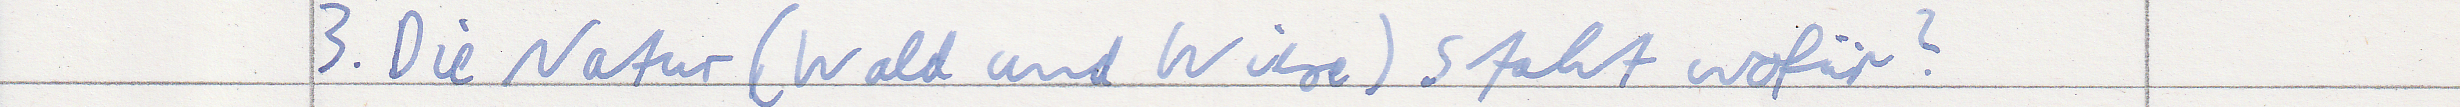
3. Die Natur (Wald und Wiese) steht wofür?